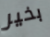
بخير